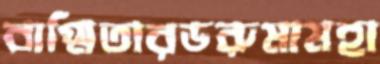
বাগ্মিতারডরুমামহা